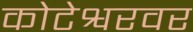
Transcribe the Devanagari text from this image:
कोटेश्वरवर